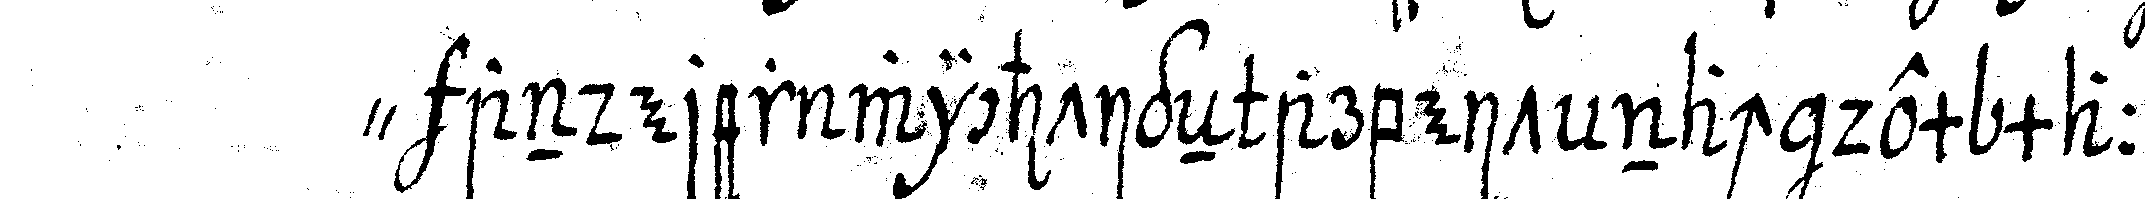
" anderer wichtigeN arbeit nach dem maass